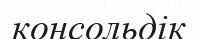
консольдік